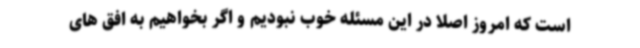
است که امروز اصلا در این مسئله خوب نبودیم و اگر بخواهیم به افق های